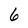
Character: 6